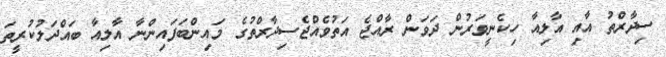
ސިދާރްތު އާއި އާލިއާ ހިކެނީވަރުން ދަވަން ރާއްޖެ އަތުވެއްޖެސިދާރްތުގެ މައިންބަފައިންނާ އާލިއާ ބައްދަލުކުރީތަ